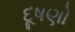
દૂષણો